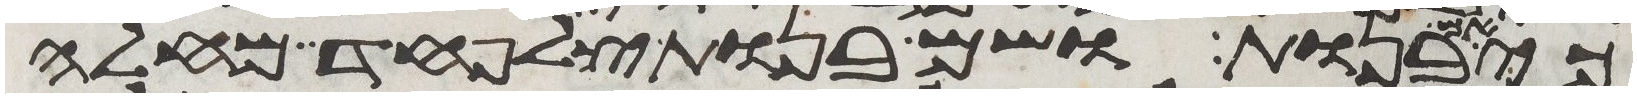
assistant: כי אם בנות ושם בנות צלפחד מחלה